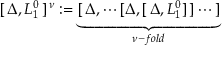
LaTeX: [ \, \Delta , L _ { 1 } ^ { 0 } \, ] ^ { \, \nu } : = \underbrace { [ \, \Delta , \cdots [ \Delta , [ \, \Delta , L _ { 1 } ^ { 0 } ] \, ] \cdots \, ] } _ { \nu - f o l d }